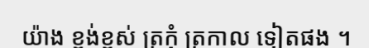
យ៉ាង ខ្ពង់ខ្ពស់ ត្រកុំ ត្រកាល ទៀតផង ។